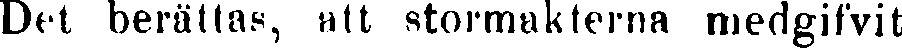
Det berättas, att stormakterna medgifvit